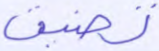
تصنيف